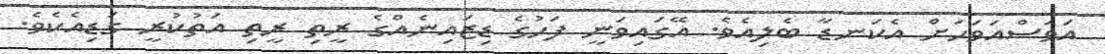
އަވަސްއަވަހަށް އެކަނޑާ ބެލިއެވެ. އޭގައިވަނީ ފަހުގެ ޑިޒައިނެއްގެ ރީތި ރީތި އަތުކުރީ ގަޑިއެކެވެ.